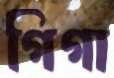
গিগা